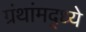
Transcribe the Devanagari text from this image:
ग्रंथांमद्ध्ये